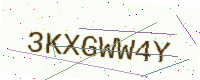
Text: 3KXGWW4Y